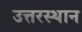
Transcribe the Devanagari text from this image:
उत्तरस्थान